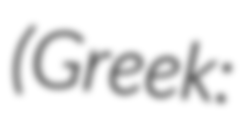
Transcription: (Greek: